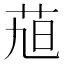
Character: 𮎴